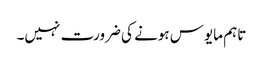
تاہم مایوس ہونے کی ضرورت نہیں۔